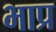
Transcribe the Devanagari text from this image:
भाप्र